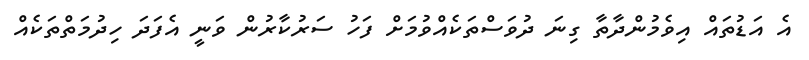
އެ އަޑުތައް އިވެމުންދާތާ ގިނަ ދުވަސްތަކެއްވުމަށް ފަހު ސަރުކާރުން ވަނީ އެފަދަ ހިދުމަތްތަކެއް